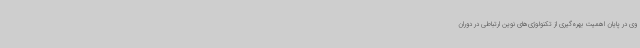
وی در پایان اهمیت بهره‌گیری از تکنولوژی‌های نوین ارتباطی در دوران